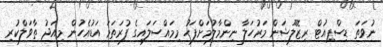
ނުވަތަ ޑިސްޕިއުޓް ރިޒޮލޫޝަން މަރުހަލާ ނިންމާލުމަށްފަހު މިމައްސަލައިގެ ފުރަތަމަ އަޑުއެހުން މިއަދު ތާވަލްކުރި